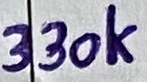
Text: 330K